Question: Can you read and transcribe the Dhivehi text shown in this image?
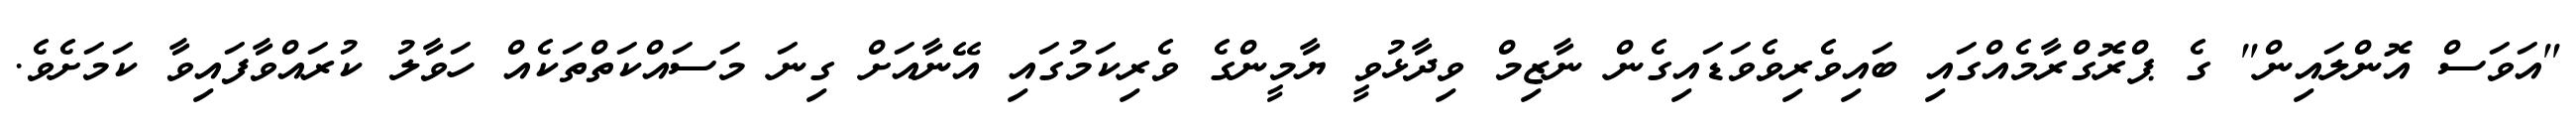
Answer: "އަވަސް އޮންލައިން" ގެ ޕްރޮގްރާމެއްގައި ބައިވެރިވެވަޑައިގެން ނާޒިމް ވިދާޅުވީ ޔާމީންގެ ވެރިކަމުގައި އޭނާއަށް ގިނަ މަސައްކަތްތަކެއް ހަވާލު ކުރައްވާފައިވާ ކަމަށެވެ.